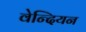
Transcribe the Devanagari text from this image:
वेन्दियन